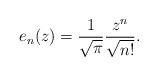
LaTeX: \begin{align*}e_n(z) = \frac{1}{\sqrt{\pi}}\frac{z^n}{\sqrt{n!}}.\end{align*}